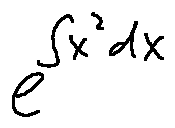
e ^ { \int x ^ { 2 } d x }